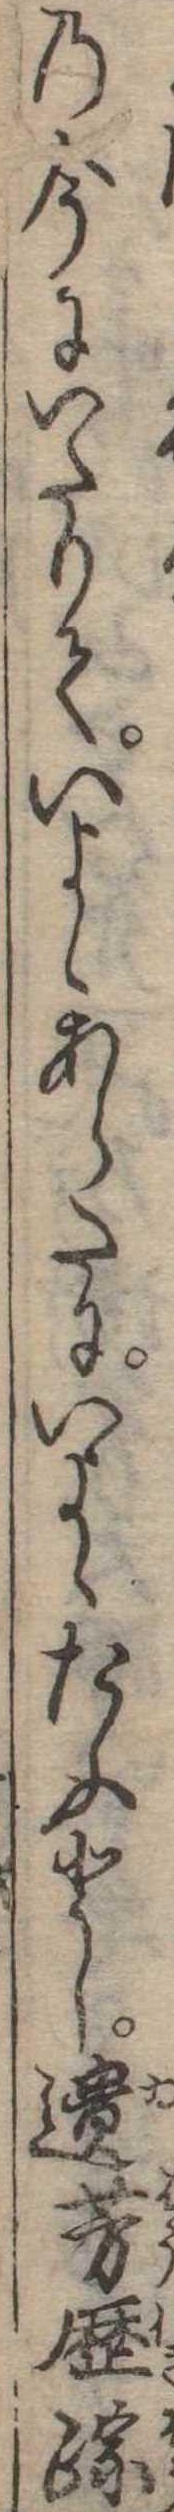
の今にいたりていよゝあらたにいよゝたふとし遺芳歴踪